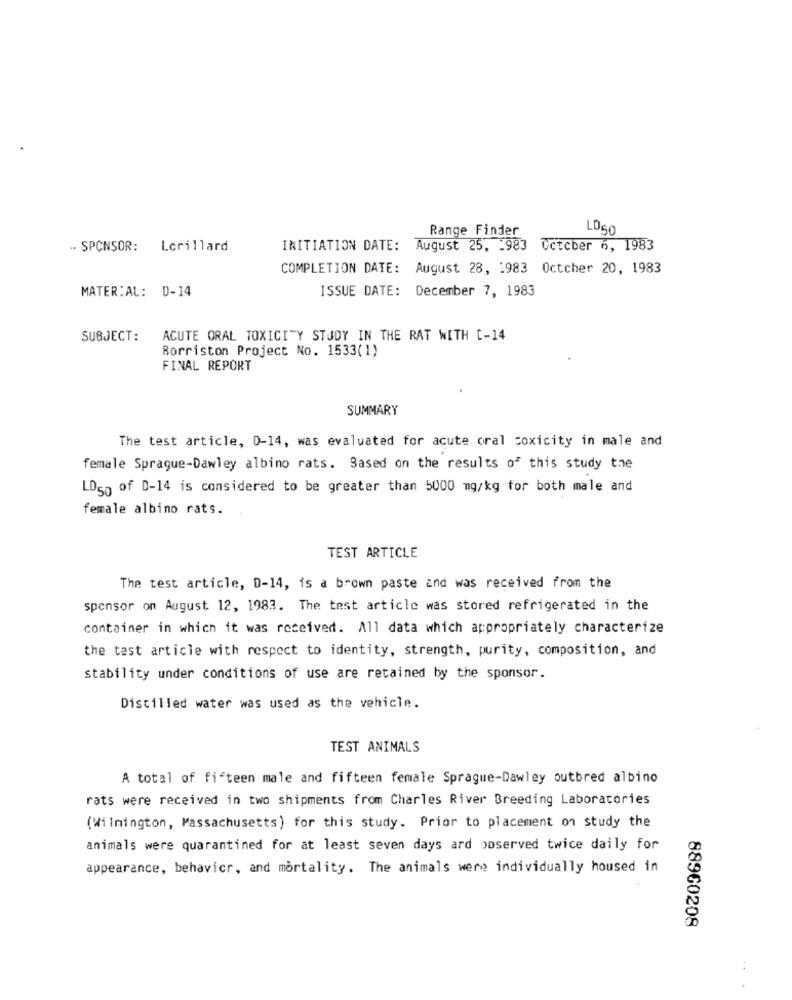
Range Finder
LD60
.. SPONSOR: Lorillard
INITIATION DATE: August 25, - 983 October 6, 1983
COMPLETION DATE: August 28, 1983 Octcher 20, 1983
MATERIAL: D-14
ISSUE DATE: December 7, 1983
SUBJECT:
ACUTE ORAL TOXICITY STUDY IN THE RAT WITH [-14
Borriston Project No. 1533(1)
FINAL REPORT
SUMMARY
The test article, 0-14, was evaluated for acute oral coxicity in male and
female Sprague-Dawley albino rats. Based on the results of this study the
LD50 of D-14 is considered to be greater than 5000 mg/kg for both male and
female albino rats.
TEST ARTICLE
The test article, D-14, is a brown paste and was received from the
sponsor on August 12, 1983. The test article was stored refrigerated in the
container in which it was received. All data which appropriately characterize
the test article with respect to identity, strength, purity, composition, and
stability under conditions of use are retained by the sponsor.
Distilled water was used as the vehicle.
TEST ANIMALS
A total of fifteen male and fifteen female Sprague-Dawley outbred albino
rats were received in two shipments from Charles River Breeding Laboratories
(Wilmington, Massachusetts) for this study. Prior to placement on study the
animals were quarantined for at least seven days ard poserved twice daily for
appearance, behavicr, and mortality. The animals were individually housed in
88960208